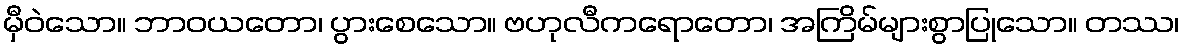
မှီဝဲသော။ ဘာဝယတော၊ ပွားစေသော။ ဗဟုလီကရောတော၊ အကြိမ်များစွာပြုသော။ တဿ၊